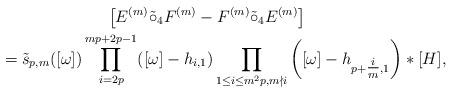
LaTeX: \begin{gather*}\big[E^{(m)} \tilde{\circ}_{4} F^{(m)} -F^{(m)} \tilde{\circ}_{4} E^{(m)}\big]\\\qquad{}=\tilde{s}_{p,m}([\omega]) \prod\limits_{i=2p}^{mp+2p-1} ([\omega]- h_{i,1}) \prod\limits_{1\leq i\leq m^2p, m\nmid i}\bigg([\omega]-h_{p+\tfrac{i}{m},1}\bigg)* [H],\end{gather*}